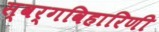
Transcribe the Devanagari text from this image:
स्वर्गविहारिणी